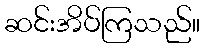
ဆင်းအိပ်ကြသည်။